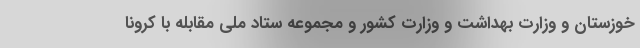
خوزستان و وزارت بهداشت و وزارت کشور و مجموعه ستاد ملی مقابله با کرونا